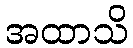
အထာသိ